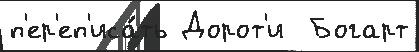
п'ер'еп'иса́ть Дорот'и  Богарт